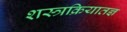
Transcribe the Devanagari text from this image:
शस्त्रक्रियातज्ञ